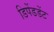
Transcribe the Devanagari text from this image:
डिपेंडडेंट